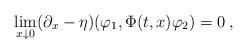
LaTeX: \begin{align*}\lim_{x \downarrow 0} ( \partial_x - \eta )(\varphi_1, \Phi(t,x) \varphi_2 ) = 0 \: , \end{align*}